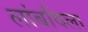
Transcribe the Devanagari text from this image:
लांबविला